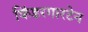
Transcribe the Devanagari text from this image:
किंडरगारटेन